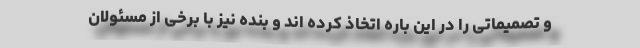
و تصمیماتی را در این باره اتخاذ کرده اند و بنده نیز با برخی از مسئولان